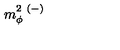
m _ { \phi } ^ { 2 \ ( - ) }